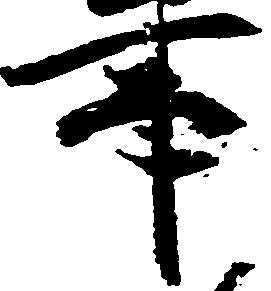
事